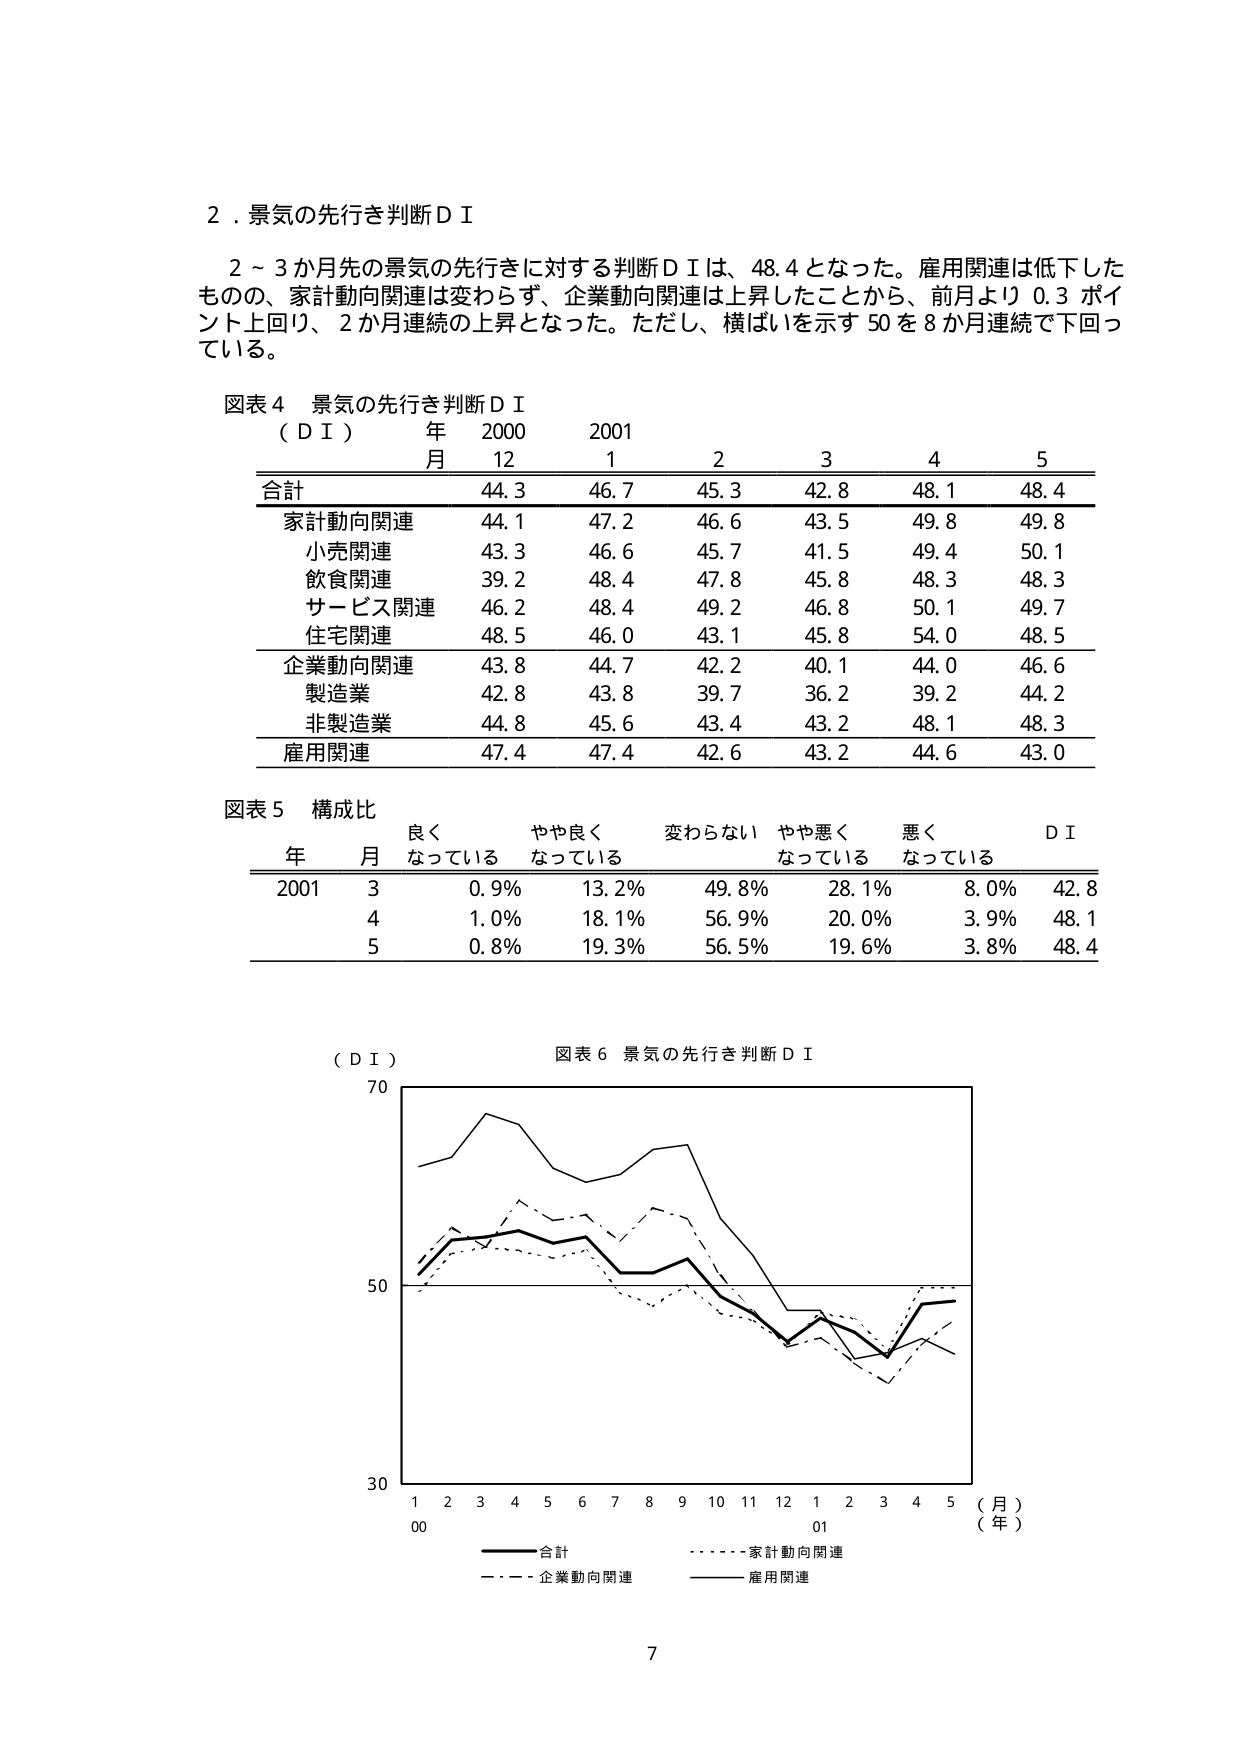
2．景気の先行き判断ＤＩ

２～３か月先の景気の先行きに対する判断ＤＩは、48.4となった。雇用関連は低下したものの、家計動向関連は変わらず、企業動向関連は上昇したことから、前月より0.3ポイント上回り、2か月連続の上昇となった。ただし、横ばいを示す50を8か月連続で下回っている。

図表4 景気の先行き判断ＤＩ
（ＤＩ） 年 2000 2001
月 12 1 2 3 4 5
合計 44.3 46.7 45.3 42.8 48.1 48.4
家計動向関連 44.1 47.2 46.6 43.5 49.8 49.8
　小売関連 43.3 46.6 45.7 41.5 49.4 50.1
　飲食関連 39.2 48.4 47.8 45.8 48.3 48.3
　サービス関連 46.2 48.4 49.2 46.8 50.1 49.7
　住宅関連 48.5 46.0 43.1 45.8 54.0 48.5
企業動向関連 43.8 44.7 42.2 40.1 44.0 46.6
　製造業 42.8 43.8 39.7 36.2 39.2 44.2
　非製造業 44.8 45.6 43.4 43.2 48.1 48.3
雇用関連 47.4 47.4 42.6 43.2 44.6 43.0

図表5 構成比
　　　　　　　良く　　　やや良く　　　変わらない　やや悪く　　　悪く　　　ＤＩ
　　　　　　　なっている　なっている　　なっている　なっている　なっている
年　月
2001　3　　0.9%　　13.2%　　　49.8%　　　28.1%　　　8.0%　　　42.8
　　　4　　1.0%　　18.1%　　　56.9%　　　20.0%　　　3.9%　　　48.1
　　　5　　0.8%　　19.3%　　　56.5%　　　19.6%　　　3.8%　　　48.4

（ＤＩ）　　　　　　　　　　　　　　　　　　　　　　　　　　　　　　　　　図表6 景気の先行き判断ＤＩ